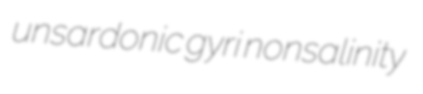
unsardonic gyri nonsalinity